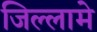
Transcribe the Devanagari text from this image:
जिल्लामे